Report of the Municipal Commissioner on the plague in Bombay for the year ending 31st May... - Volume 1
Disease focus: Plague
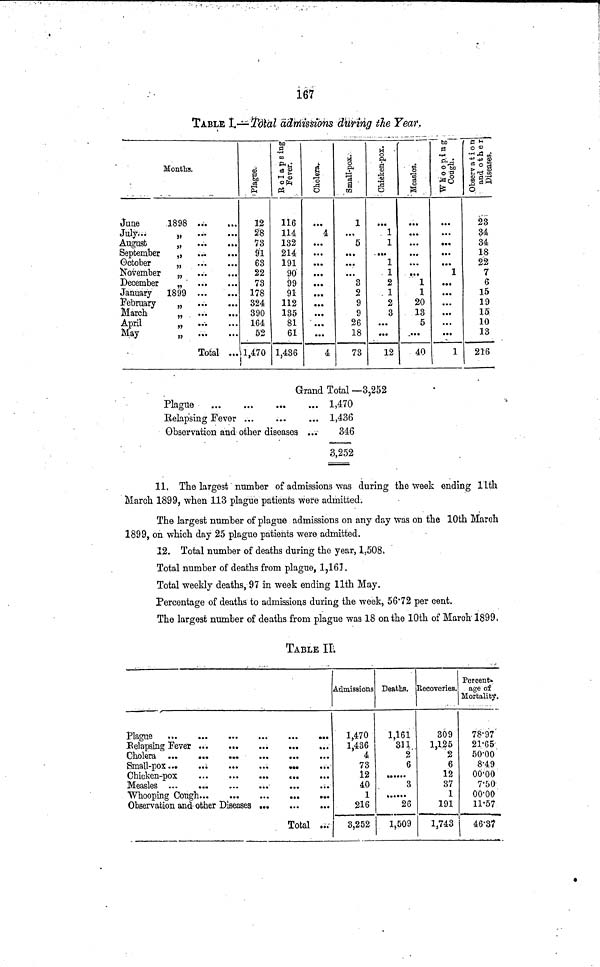
167
TABLE I.—Total admissions during the Year.
Months.
June
1898
July...
„
August
„
September
,
October
„
November
„
December
„
January 1899
February
„
April
„
May„
Total ...
12
28
73
91
63
22
73
178
324
390
164
52
1,470
116
114
132
214
191
90
99
91
112
185
81
61
1,436
4
4
5
3
2
9
9
26
18
73
1
1
1
1
2
1
2
3
12
1
1
20
13
5
40
...
...
...
23
34
34
18
22
7
6
15
19
15
10
13
216
Grand Total —3,252
Plague
...
...
...
Relapsing Fever ...
Observation and other diseases ...
1,470
1,436
346
3,252
11. The largest number of admissions was during the week ending 11th
March 1899, when 113 plague patients were admitted.
The largest number of plague admissions on any day Was on the 10th March
1899, on which day 25 plague patients were admitted.
12. Total number of deaths during the year, 1,508.
Total number of deaths from plague, 1,161.
Total weekly deaths, 97 in week ending 11th May.
Percentage of deaths to admissions during the week, 5672 per cent.
The largest number of deaths from plague was 18 on the 10th of March 1899.
TABLE II.
Pague
Chicken-pox
Observation and other
Diseases
Total
Admissions
1,470
1,436
4
73
12
40
1
216
3,252
Deaths.
1,161
311
2
6
3
26
1,509
Recoveries.
309
1,125
2
6
12
37
1
191
1,743
Percent-
age of
Mortality.
78·97
21·65
50·00
8·49
00·00
7·50
00·00
11·57
46·37